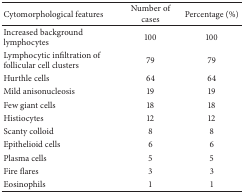
<table><thead><tr><td><b>Cytomorphological features</b></td><td><b>Number of cases</b></td><td><b>Percentage (%)</b></td></tr></thead><tbody><tr><td>Increased background lymphocytes</td><td>100</td><td>100</td></tr><tr><td>Lymphocytic infiltration of follicular cell clusters</td><td>79</td><td>79</td></tr><tr><td>Hurthle cells</td><td>64</td><td>64</td></tr><tr><td>Mild anisonucleosis</td><td>19</td><td>19</td></tr><tr><td>Few giant cells</td><td>18</td><td>18</td></tr><tr><td>Histiocytes</td><td>12</td><td>12</td></tr><tr><td>Scanty colloid</td><td>8</td><td>8</td></tr><tr><td>Epithelioid cells</td><td>6</td><td>6</td></tr><tr><td>Plasma cells</td><td>5</td><td>5</td></tr><tr><td>Fire flares</td><td>3</td><td>3</td></tr><tr><td>Eosinophils</td><td>1</td><td>1</td></tr></tbody></table>